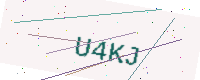
Text: U4KJ